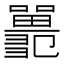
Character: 𡄞